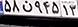
۵۸ن۹۴۵۱۳